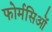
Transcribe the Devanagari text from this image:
फोर्मसिओं